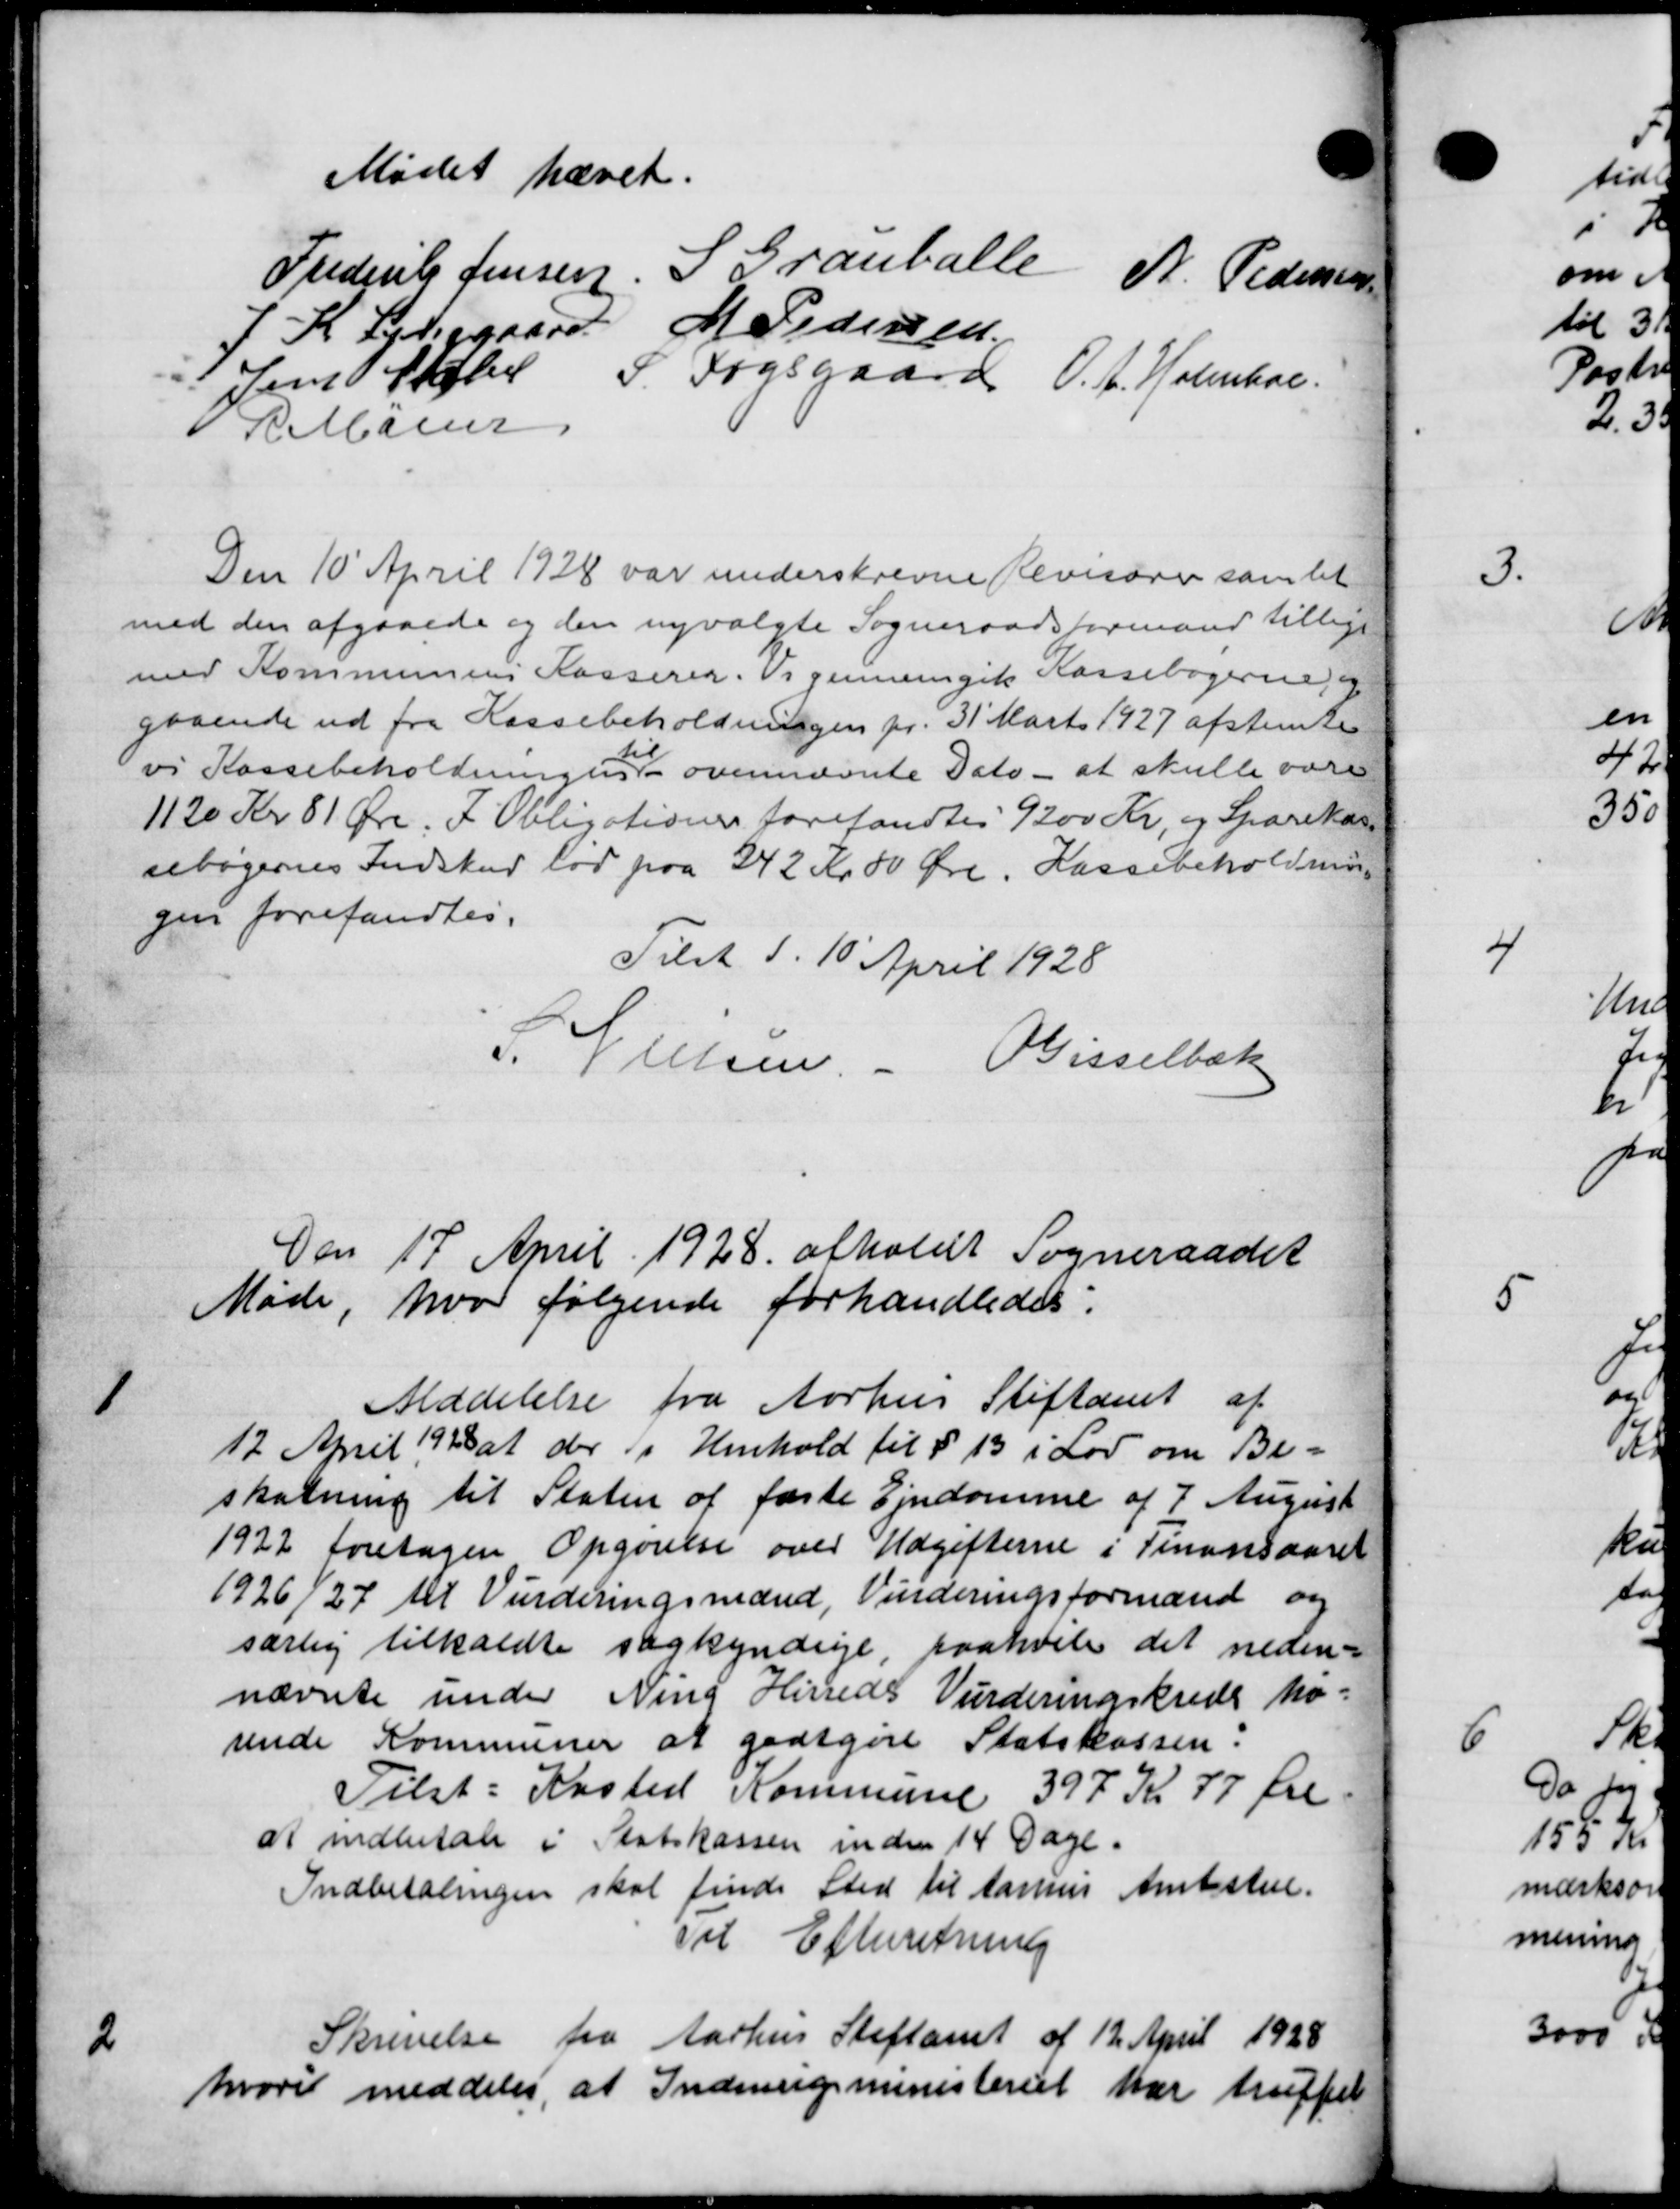
Transskription:
Mødet hævet.
Frederik Jensen. S. Granballe
N. Pedersen
K Lediggaard M Pedersen
Jens Støber P. Fogsgaard
O.A. Holmboe.
P Måle
Den 10 April 1928 var underskrevne Revisorer samlet
med den afgaaede og den nyvalgte Sogneraadsformand tillige
med Kommunens Kasserer. Vi gennemgik Kassebøgerne) og
gaaende ud fra Kassebeholdningen pr. 31' Marts 1927 afstemte
vi Kassebeholdningen ovennævnte Dato - at skulle være
1120 Kr 81 Øre. I Obligationer forefandtes 9200 Kr, og Sparekass
sebøgernes Indskud lod paa 242 Kr. 00 Øre. Kassebeholdning
gen forefandtes.
Tilst d. 10' April 1928
J. P. Nielsen. - Bisselbæk
Den 17 April 1928 afholdt Sogneraadet
Møde, hvor følgende forhandledes:

Meddelelse fra Aarhus Stiftamt af
12 April 1928 at der i Henhold til § 13 i Lov om Be-
skatning til Staten af faste Ejendomme af 7 August
1922 foretagen Opgørelse over Udgifterne i Finansaaret
1926/27 til Vurderingsmænd, Vurderingsformand og
særlig tilkaldte sagkyndige, paahvile det neden-
nævnte under Ning Herreds Vurderingskrede ho-
rende Kommuner at godtgøre Statskassen.
Tilst: Kasted Kommune 397 Kr 77 Øre.
at indbetale i Statskassen inden 14 Dage.
Indbetalingen skal finde Sted til Aarhus Amtstue.
Til Efterretning
2
Skrivelse fra Aarhus Stiftamt af 12 April 1928
hvori meddeler, at Indenrigsministeriet har truffet